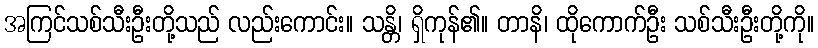
အကြင်သစ်သီးဦးတို့သည် လည်းကောင်း။ သန္တိ၊ ရှိကုန်၏။ တာနိ၊ ထိုကောက်ဦး သစ်သီးဦးတို့ကို။